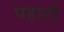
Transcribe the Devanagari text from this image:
पहारो